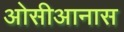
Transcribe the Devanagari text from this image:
ओसीआनास